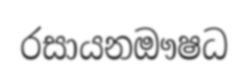
රසායනඖෂධ